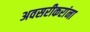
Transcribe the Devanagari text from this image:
अवसरीकरांना